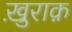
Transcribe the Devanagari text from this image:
ख़ुराक़